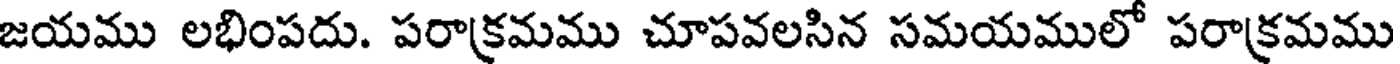
జయము లభింపదు. పరాక్రమము చూపవలసిన సమయములో పరాక్రమము